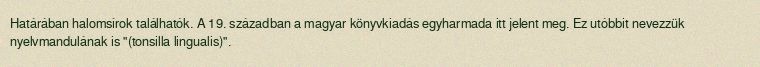
Határában halomsírok találhatók. A 19. században a magyar könyvkiadás egyharmada itt jelent meg. Ez utóbbit nevezzük nyelvmandulának is "(tonsilla lingualis)".